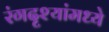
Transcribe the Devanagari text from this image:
रंगदृश्यांमध्ये